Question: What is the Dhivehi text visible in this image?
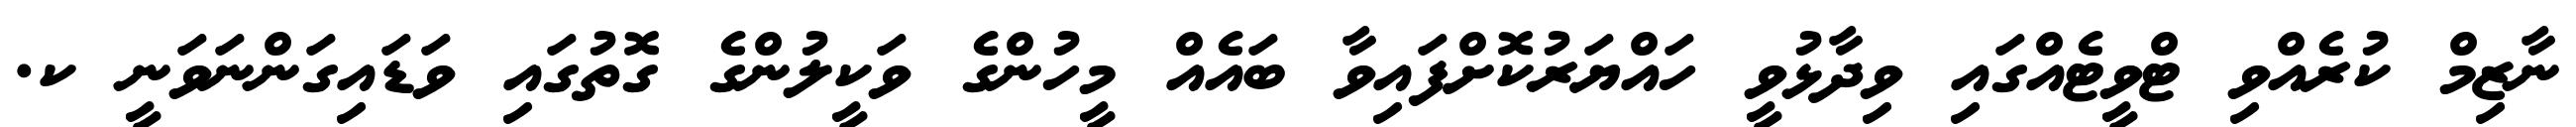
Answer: ނާޒިމް ކުރެއްވި ޓްވީޓެއްގައި ވިދާޅުވީ ހައްޔަރުކޮށްފައިވާ ބައެއް މީހުންގެ ވަކީލުންގެ ގޮތުގައި ވަޑައިގަންނަވަނީ ކ.